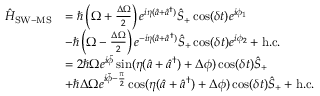
\begin{array} { r l } { \hat { H } _ { \mathrm { S W - M S } } } & { = \hbar \left( \Omega + \frac { \Delta \Omega } { 2 } \right) e ^ { i \eta ( \hat { a } + \hat { a } ^ { \dagger } ) } \hat { S } _ { + } \cos ( \delta t ) e ^ { i \phi _ { 1 } } } \\ & { - \hbar \left( \Omega - \frac { \Delta \Omega } { 2 } \right) e ^ { - i \eta ( \hat { a } + \hat { a } ^ { \dagger } ) } \hat { S } _ { + } \cos ( \delta t ) e ^ { i \phi _ { 2 } } + \mathrm { h . c . } } \\ & { = 2 \hbar \Omega e ^ { i \tilde { \phi } } \sin ( \eta ( \hat { a } + \hat { a } ^ { \dagger } ) + \Delta \phi ) \cos ( \delta t ) \hat { S } _ { + } } \\ & { + \hbar \Delta \Omega e ^ { i \tilde { \phi } - \frac { \pi } { 2 } } \cos ( \eta ( \hat { a } + \hat { a } ^ { \dagger } ) + \Delta \phi ) \cos ( \delta t ) \hat { S } _ { + } + \mathrm { h . c . } } \end{array}